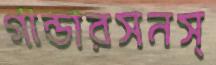
গান্ডারসনস্